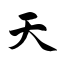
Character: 天